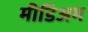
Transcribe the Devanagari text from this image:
मीडिअम